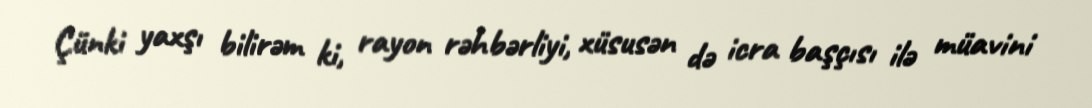
Çünki yaxşı bilirəm ki, rayon rəhbərliyi, xüsusən də icra başçısı ilə müavini